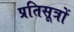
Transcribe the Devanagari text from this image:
प्रतिसूत्रों